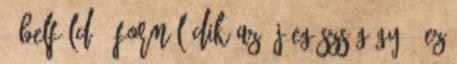
- Belföld - Formálódik az új egészségügy - ez